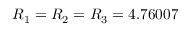
R _ { 1 } = R _ { 2 } = R _ { 3 } = 4 . 7 6 0 0 7